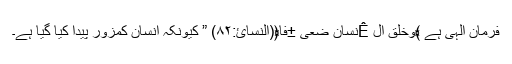
فرمان الہی ہے ﴾وَخُلِقَ ال Êِنسَانُ ضَعِی ±فاً﴿(النسائ:۸۲) ” کیونکہ انسان کمزور پیدا کیا گیا ہے۔